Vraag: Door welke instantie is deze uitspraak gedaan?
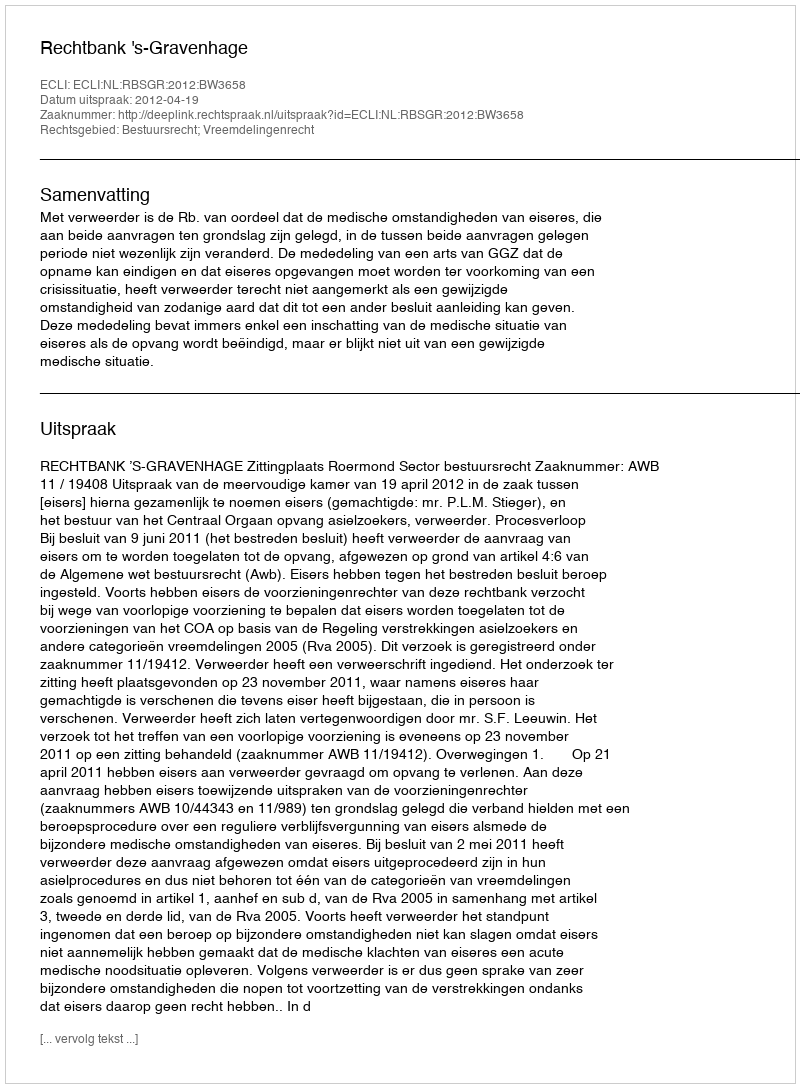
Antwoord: Rechtbank 's-Gravenhage